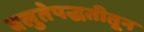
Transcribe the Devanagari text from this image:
बलुतेपद्धतीतून